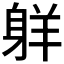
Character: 𦎒